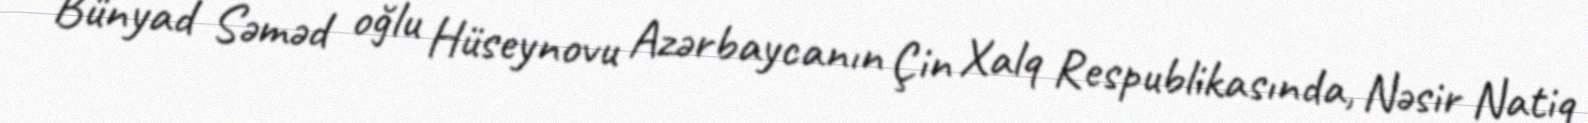
Bünyad Səməd oğlu Hüseynovu Azərbaycanın Çin Xalq Respublikasında, Nəsir Natiq